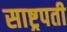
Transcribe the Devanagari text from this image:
साष्ट्रपती